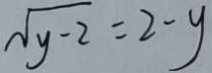
\sqrt { y - 2 } = 2 - y